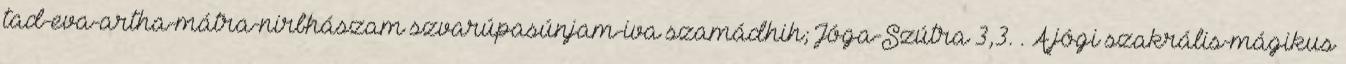
tad-eva-artha-mátra-nirbhászam szvarúpasúnjam-iva szamádhih; Jóga-Szútra 3,3. . A jógi szakrális-mágikus